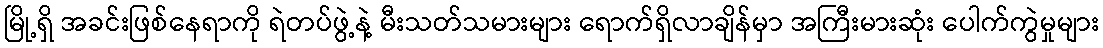
မြို့ရှိ အခင်းဖြစ်နေရာကို ရဲတပ်ဖွဲ့နဲ့ မီးသတ်သမားများ ရောက်ရှိလာချိန်မှာ အကြီးမားဆုံး ပေါက်ကွဲမှုများ